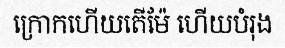
ក្រោកហើយតើម៉ែ ហើយបំរុង